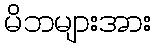
မိဘများအား